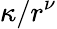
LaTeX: \kappa/r^{\nu}